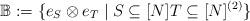
LaTeX: \begin{align*}\mathbb{B} := \{ e_S \otimes e_T \mid S \subseteq [N] T \subseteq [N]^{(2)} \}\end{align*}